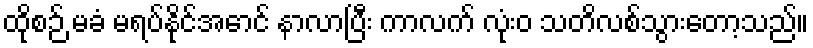
ထိုစဉ် မခံ မရပ်နိုင်အောင် နာလာပြီး ကာလက် လုံးဝ သတိလစ်သွားတော့သည်။